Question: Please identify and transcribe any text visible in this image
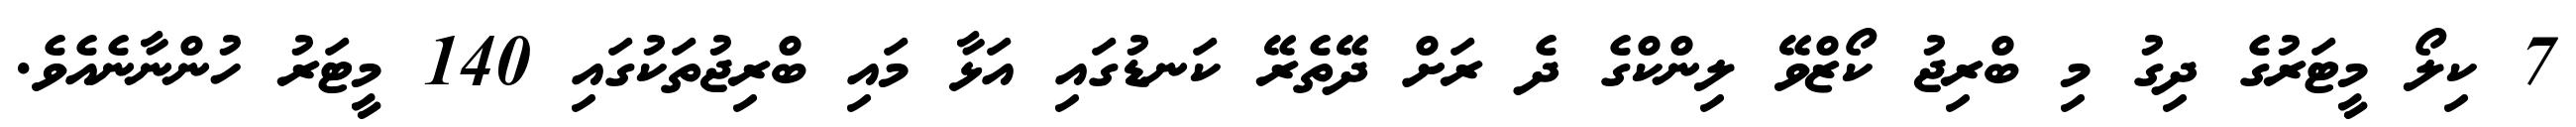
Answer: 7 ކިލޯ މީޓަރުގެ ދިގު މި ބްރިޖު ކޯޒްވޭ ލިންކްގެ ދެ ރަށް ދޭތެރޭ ކަނޑުގައި އަޅާ މައި ބްރިޖުތަކުގައި 140 މީޓަރު ހުންނާނެއެވެ.